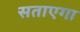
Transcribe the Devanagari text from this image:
सताएगा